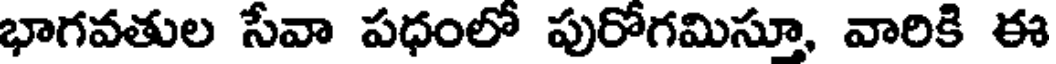
భాగవతుల సేవా పధంలో పురోగమిస్తూ, వారికి ఈ